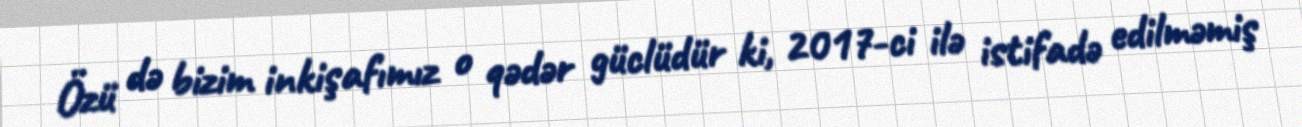
Özü də bizim inkişafımız o qədər güclüdür ki, 2017-ci ilə istifadə edilməmiş